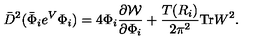
\bar { D } ^ { 2 } ( \bar { \Phi } _ { i } e ^ { V } { \Phi } _ { i } ) = 4 { \Phi } _ { i } \frac { \partial { \cal W } } { \partial { \Phi } _ { i } } + \frac { T ( R _ { i } ) } { 2 \pi ^ { 2 } } \mathrm { T r } W ^ { 2 } .